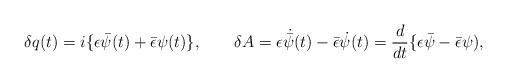
LaTeX: \begin{align*}\delta q(t) = i\{\epsilon \bar{\psi }(t) + \bar{\epsilon }\psi (t)\},\qquad \delta A = \epsilon \dot{\bar\psi}(t) - \bar{\epsilon} \dot{\psi}(t)= {d\over dt}\{\epsilon \bar{\psi } - \bar{\epsilon }\psi ),\end{align*}